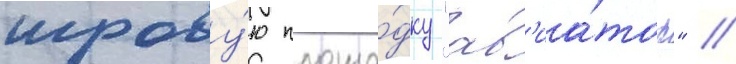
игрову́ю площа́дку "ав'иа́тор" /